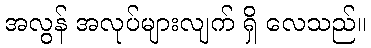
အလွန် အလုပ်များလျက် ရှိ လေသည်။